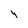
Character: 4